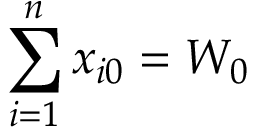
\sum _ { i = 1 } ^ { n } x _ { i 0 } = W _ { 0 }